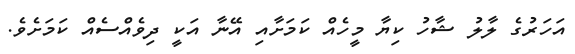
އަހަރުގެ ލާލު ޝާހު ކިޔާ މީހެއް ކަަމަށާއި އޭނާ އަކީ ދިވެއްސެއް ކަމަށެވެ.